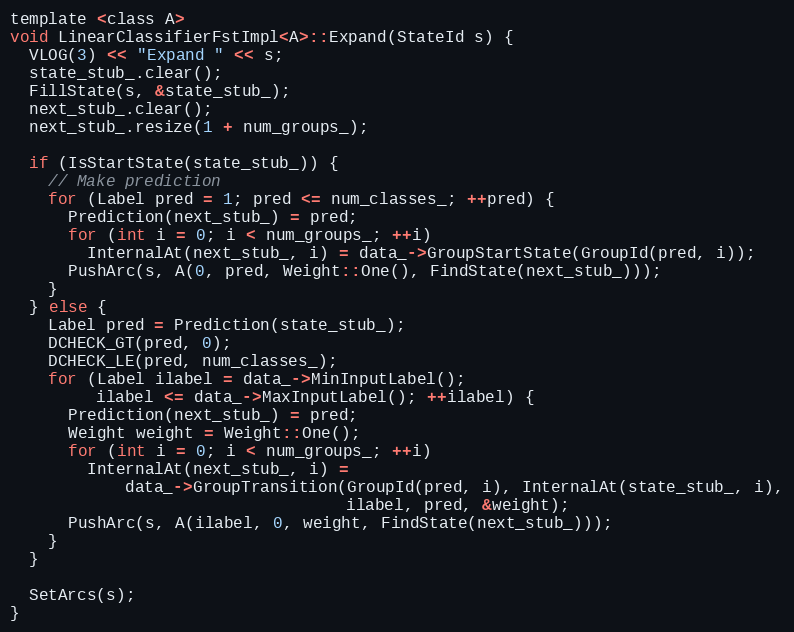
Language: C
template <class A>
void LinearClassifierFstImpl<A>::Expand(StateId s) {
  VLOG(3) << "Expand " << s;
  state_stub_.clear();
  FillState(s, &state_stub_);
  next_stub_.clear();
  next_stub_.resize(1 + num_groups_);

  if (IsStartState(state_stub_)) {
    // Make prediction
    for (Label pred = 1; pred <= num_classes_; ++pred) {
      Prediction(next_stub_) = pred;
      for (int i = 0; i < num_groups_; ++i)
        InternalAt(next_stub_, i) = data_->GroupStartState(GroupId(pred, i));
      PushArc(s, A(0, pred, Weight::One(), FindState(next_stub_)));
    }
  } else {
    Label pred = Prediction(state_stub_);
    DCHECK_GT(pred, 0);
    DCHECK_LE(pred, num_classes_);
    for (Label ilabel = data_->MinInputLabel();
         ilabel <= data_->MaxInputLabel(); ++ilabel) {
      Prediction(next_stub_) = pred;
      Weight weight = Weight::One();
      for (int i = 0; i < num_groups_; ++i)
        InternalAt(next_stub_, i) =
            data_->GroupTransition(GroupId(pred, i), InternalAt(state_stub_, i),
                                   ilabel, pred, &weight);
      PushArc(s, A(ilabel, 0, weight, FindState(next_stub_)));
    }
  }

  SetArcs(s);
}